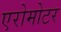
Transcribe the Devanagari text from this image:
एरोमोटर